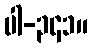
ပါ-၃၄၁။